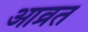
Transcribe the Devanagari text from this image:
आव्रत